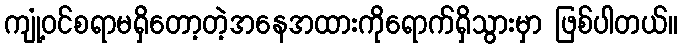
ကျုံ့ဝင်စရာမရှိတော့တဲ့အနေအထားကိုရောက်ရှိသွားမှာ ဖြစ်ပါတယ်။